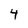
Character: 4